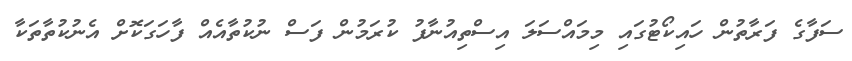
ސަފާގެ ފަރާތުން ހައިކޯޓުގައި މިމައްސަލަ އިސްތިއުނާފު ކުރަމުން ފަސް ނުކުތާއެއް ފާހަގަކޮށް އެނުކުތާތަކާ